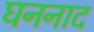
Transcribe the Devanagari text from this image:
घननाद